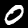
Label: 0